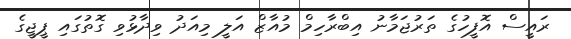
ރައީސް އޮފީހުގެ ތަރުޖަމާނު އިބްރާހިމް މުއާޒް އަލީ މިއަދު ވިދާޅުވި ގޮތުގައި ޕީޖީގެ